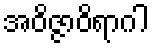
အဝိဇ္ဇာဝိရာဂါ